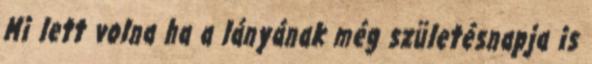
Mi lett volna ha a lányának még születésnapja is